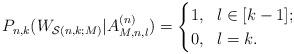
LaTeX: \begin{align*}P_{n,k}(W_{\mathcal{S}(n,k;M)}|A^{(n)}_{M,n,l})=\begin{cases}1,\ \ l\in[k-1];\\ 0,\ \ l=k.\end{cases}\end{align*}